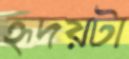
হৃদয়টা